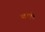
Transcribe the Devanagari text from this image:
साराचे